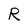
Character: R